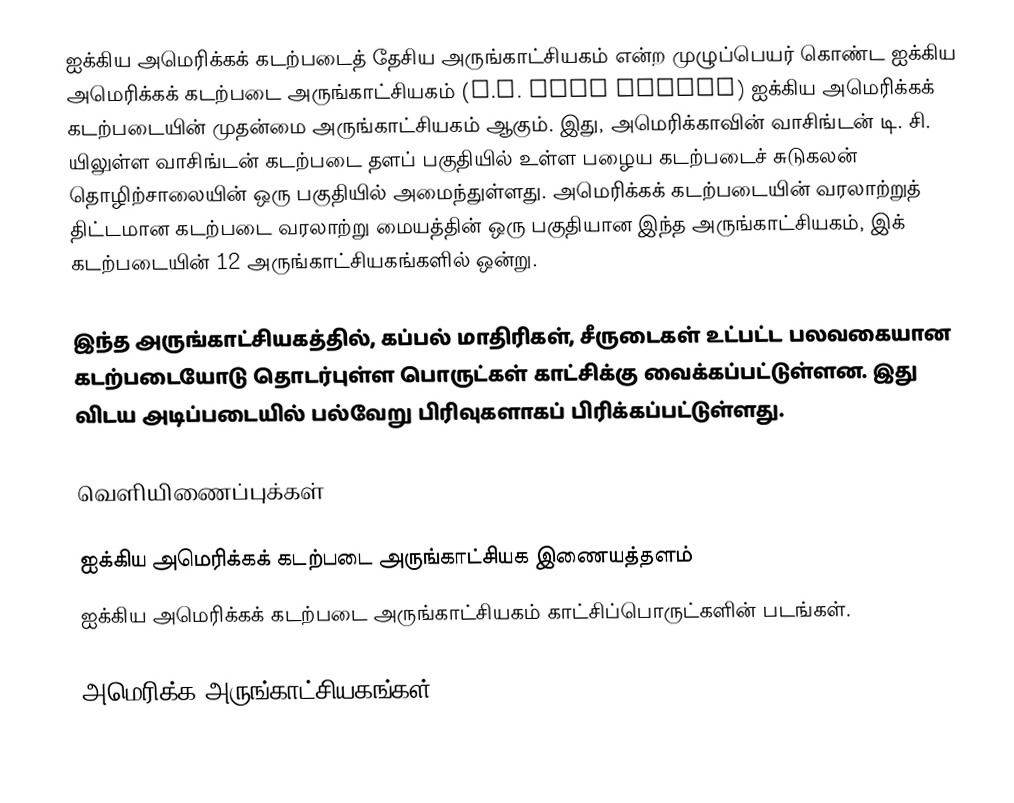
ஐக்கிய அமெரிக்கக் கடற்படைத் தேசிய அருங்காட்சியகம் என்ற முழுப்பெயர் கொண்ட ஐக்கிய அமெரிக்கக் கடற்படை அருங்காட்சியகம் (U.S. Navy Museum) ஐக்கிய அமெரிக்கக் கடற்படையின் முதன்மை அருங்காட்சியகம் ஆகும். இது, அமெரிக்காவின் வாசிங்டன் டி. சி. யிலுள்ள வாசிங்டன் கடற்படை தளப் பகுதியில் உள்ள பழைய கடற்படைச் சுடுகலன் தொழிற்சாலையின் ஒரு பகுதியில் அமைந்துள்ளது. அமெரிக்கக் கடற்படையின் வரலாற்றுத் திட்டமான கடற்படை வரலாற்று மையத்தின் ஒரு பகுதியான இந்த அருங்காட்சியகம், இக் கடற்படையின் 12 அருங்காட்சியகங்களில் ஒன்று.

இந்த அருங்காட்சியகத்தில், கப்பல் மாதிரிகள், சீருடைகள் உட்பட்ட பலவகையான கடற்படையோடு தொடர்புள்ள பொருட்கள் காட்சிக்கு வைக்கப்பட்டுள்ளன. இது விடய அடிப்படையில் பல்வேறு பிரிவுகளாகப் பிரிக்கப்பட்டுள்ளது.

வெளியிணைப்புக்கள்

 ஐக்கிய அமெரிக்கக் கடற்படை அருங்காட்சியக இணையத்தளம்
ஐக்கிய அமெரிக்கக் கடற்படை அருங்காட்சியகம்  காட்சிப்பொருட்களின் படங்கள்.

அமெரிக்க அருங்காட்சியகங்கள்